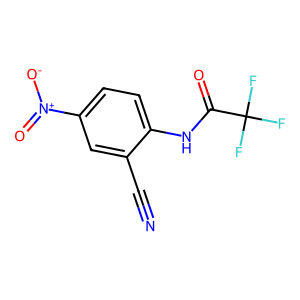
SMILES: N#Cc1cc([N+](=O)[O-])ccc1NC(=O)C(F)(F)F
Inhibits HIV replication: No